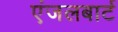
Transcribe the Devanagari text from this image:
एंजलबार्ट